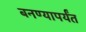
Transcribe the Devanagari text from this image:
बनण्यापर्यंत